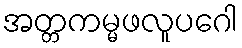
အတ္တကမ္မဖလူပဂေါ